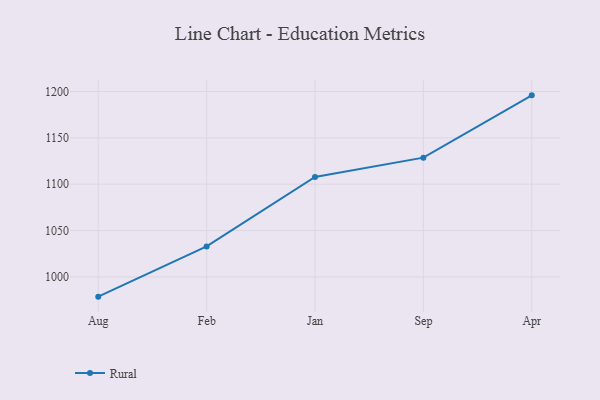
{"axis": {"x": "Month", "y": "Satisfaction Score"}, "legend": ["Rural"], "data": [{"x": "Aug", "y": 978.7, "type": "Rural"}, {"x": "Feb", "y": 1032.9, "type": "Rural"}, {"x": "Jan", "y": 1107.8, "type": "Rural"}, {"x": "Sep", "y": 1128.6, "type": "Rural"}, {"x": "Apr", "y": 1195.8, "type": "Rural"}]}